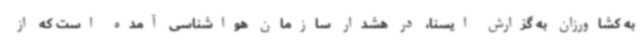
به کشاورزان به گزارش ایسنا، در هشدار سازمان هواشناسی آمده است که از